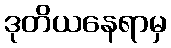
ဒုတိယနေရာမှ